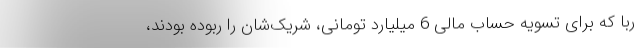
ربا که برای تسویه حساب مالی 6 میلیارد تومانی، شریک‌شان را ربوده بودند،